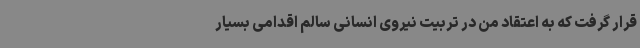
قرار گرفت که به اعتقاد من در تربیت نیروی انسانی سالم اقدامی بسیار